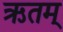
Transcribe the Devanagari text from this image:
ऋतम्